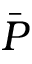
\bar { P }